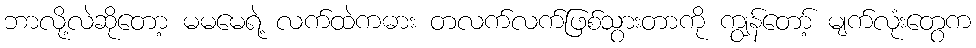
ဘာလို့လဲဆိုတော့ မမမေရဲ့ လက်ထဲကဓား တလက်လက်ဖြစ်သွားတာကို ကျွန်တော့် မျက်လုံးတွေက